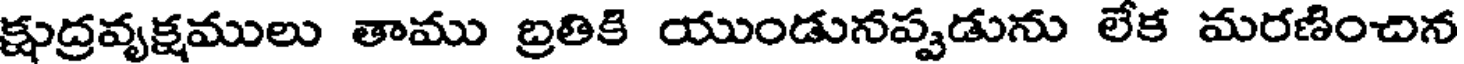
క్షుద్రవృక్షములు తాము బ్రతికి యుండునప్పుడును లేక మరణించిన